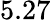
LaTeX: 5.27